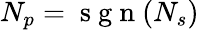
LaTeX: N_{p}=\mathrm{~s~g~n~}(N_{s})